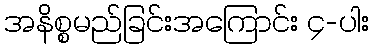
အနိစ္စမည်ခြင်းအကြောင်း ၄-ပါး